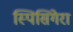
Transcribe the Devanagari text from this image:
स्पिसिगेरा